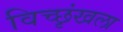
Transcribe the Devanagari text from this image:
विच्छृंखला